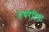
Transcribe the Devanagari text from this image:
हथरेटिया